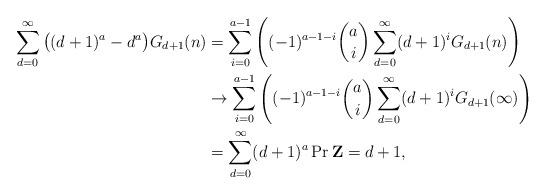
LaTeX: \begin{align*}\sum_{d=0}^\infty \big((d+1)^a-d^a\big)G_{d+1}(n)&=\sum_{i=0}^{a-1}\left((-1)^{a-1-i}\binom{a}{i} \sum_{d=0}^\infty (d+1)^iG_{d+1}(n)\right)\\&\rightarrow \sum_{i=0}^{a-1}\left((-1)^{a-1-i}\binom{a}{i} \sum_{d=0}^\infty (d+1)^iG_{d+1}(\infty)\right)\\&=\sum_{d=0}^\infty (d+1)^a\Pr{\mathbf{Z}= d+1},\end{align*}